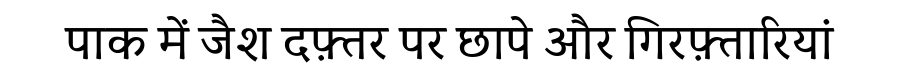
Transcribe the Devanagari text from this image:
पाक में जैश दफ़्तर पर छापे और गिरफ़्तारियां